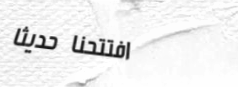
افتتحنا حديثاً